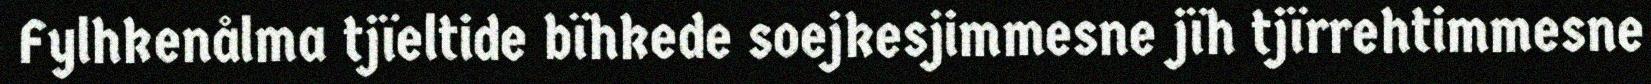
Fylhkenålma tjïeltide bïhkede soejkesjimmesne jïh tjïrrehtimmesne